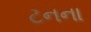
ટનના